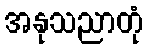
အနုသညာတုံ